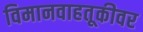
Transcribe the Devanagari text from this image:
विमानवाहतूकीवर